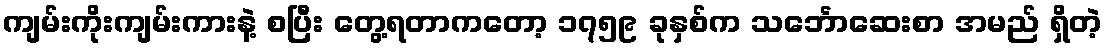
ကျမ်းကိုးကျမ်းကားနဲ့ စပြီး တွေ့ရတာကတော့ ၁၇၅၉ ခုနှစ်က သင်္ဘောဆေးစာ အမည် ရှိတဲ့